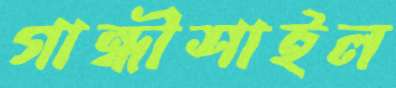
গান্ধীশাইল